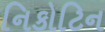
નિકોટિન